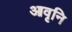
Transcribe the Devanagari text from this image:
आवृनि